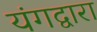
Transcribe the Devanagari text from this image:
यंगद्वारा